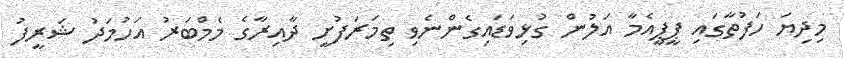
މިދިޔަ ހަފުތާގައި ޕީޕީއެމާ އަލުން ގުޅިވަޑައިގެންނެވި ތިމަރަފުށީ ދާއިރާގެ މެމްބަރު އަހުމަދު ޝަރީފު